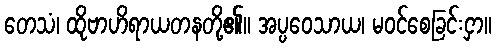
တေသံ၊ ထိုဗာဟိရာယတနတို့၏။ အပ္ပဝေသာယ၊ မဝင်စေခြင်းငှာ။